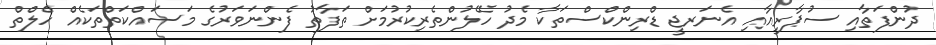
ދުންފަތާއި ސުޕާރީއާއި އެނަރޖީ ޑްރިންކްސްތަކާ މެދު ހޭލުންތެރިކުރުމަށް ތަފާތު ފެންނަވަރުގެ މަސައްކަތްތަކެއް ހެލްތް